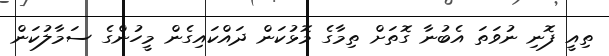
ތިއީ ފޮނި ނުވަތަ އެބުނާ ގޮތަށް ތިމާގެ މޮޅުކަން ދައްކައިގެން މީހުންގެ ސަމާލުކަން